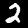
Label: 2